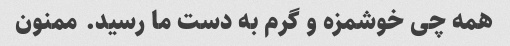
همه چی خوشمزه و گرم به دست ما رسید. ممنون